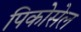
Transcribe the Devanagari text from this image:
पिकोसेल